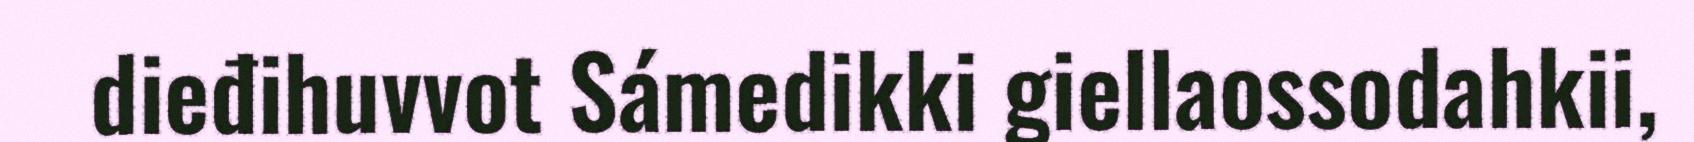
dieđihuvvot Sámedikki giellaossodahkii,